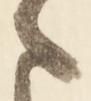
ま